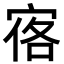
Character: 𪧒